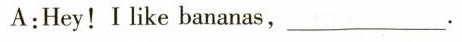
A:Hey!I like bananas,___.